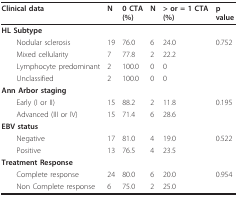
| Clinical data | N | 0 CTA(%) | N | > or = 1 CTA(%) | pvalue |
 | --- | --- | --- | --- | --- | --- |
 | HL Subtype |  |  |  |  |  |
 | Nodular sclerosis | 19 | 76.0 | 6 | 24.0 | 0.752 |
 | Mixed cellularity | 7 | 77.8 | 2 | 22.2 |  |
 | Lymphocyte predominant | 2 | 100.0 | 0 | 0 |  |
 | Unclassified | 2 | 100.0 | 0 | 0 |  |
 | Ann Arbor staging |  |  |  |  |  |
 | Early (I or II) | 15 | 88.2 | 2 | 11.8 | 0.195 |
 | Advanced (III or IV) | 15 | 71.4 | 6 | 28.6 |  |
 | EBV status |  |  |  |  |  |
 | Negative | 17 | 81.0 | 4 | 19.0 | 0.522 |
 | Positive | 13 | 76.5 | 4 | 23.5 |  |
 | Treatment Response |  |  |  |  |  |
 | Complete response | 24 | 80.0 | 6 | 20.0 | 0.954 |
 | Non Complete response | 6 | 75.0 | 2 | 25.0 |  |